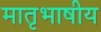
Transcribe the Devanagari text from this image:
मातृभाषीय